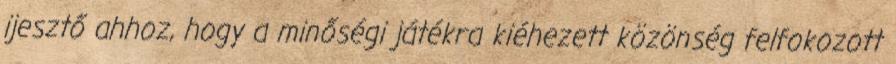
ijesztő ahhoz, hogy a minőségi játékra kiéhezett közönség felfokozott